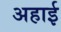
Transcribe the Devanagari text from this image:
अहाई